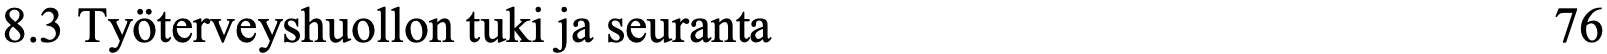
8.3 Työterveyshuollon tuki ja seuranta              76